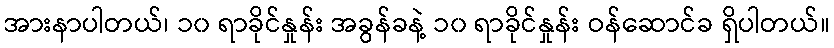
အားနာပါတယ်၊ ၁၀ ရာခိုင်နှုန်း အခွန်ခနဲ့ ၁၀ ရာခိုင်နှုန်း ဝန်ဆောင်ခ ရှိပါတယ်။